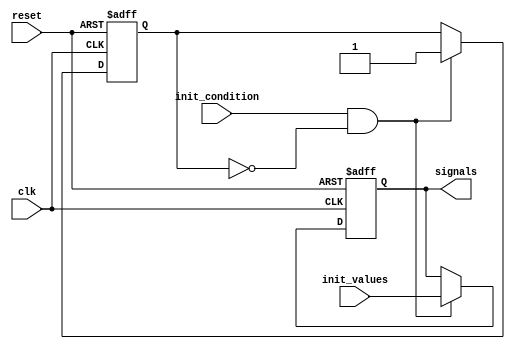
module ConditionalInitialization #(
    parameter NUM_SIGNALS = 4 // Number of signals to initialize
)(
    input wire clk,               // Clock signal
    input wire reset,             // Asynchronous reset signal
    input wire init_condition,     // Condition to trigger initialization
    input wire [NUM_SIGNALS-1:0] init_values, // Values for initialization
    output reg [NUM_SIGNALS-1:0] signals // Initialized signals
);

    // Internal state variable to track initialization status
    reg initialized;

    // Always block for conditional initialization
    always @(posedge clk or posedge reset) begin
        if (reset) begin
            // On reset, clear the initialized flag and signals
            initialized <= 1'b0;
            signals <= {NUM_SIGNALS{1'b0}}; // Clear all signals
        end else if (init_condition && !initialized) begin
            // If the initialization condition is met and not already initialized
            signals <= init_values; // Initialize signals
            initialized <= 1'b1;     // Set initialized flag
        end
        // If already initialized, do nothing
    end

endmodule